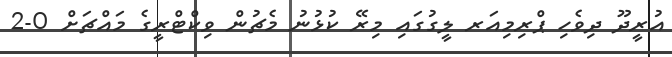
އުރީދޫ ދިވެހި ޕްރިމިއަރ ލީގުގައި މިރޭ ކުޅުނު މެޗުން ވިކްޓްރީގެ މައްޗަށް 0-2